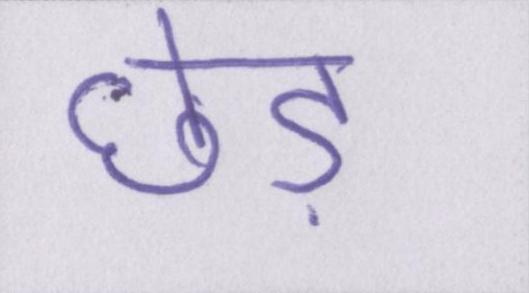
छेड़